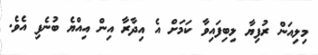
މިލިއަން ރުފިޔާ ލިބިފައިވާ ކަމަށް އެ އިދާރާ އިން އިއްޔެ ބުނެފި އެވެ.